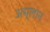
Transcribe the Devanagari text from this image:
अम्लान